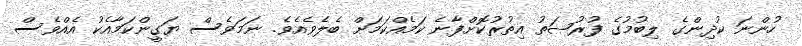
ހުންނަ ކުދިންގެ ލިބުމުގެ ފުރުޞަތު އިތުރުކޮށްފާނެ ކަމެއްކަމަށް ބެލެވެއެވެ. ނަމަވެސް ޔަގީންކަމާއެކު އެއްވެސް